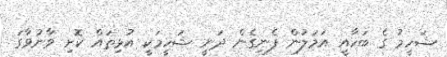
ޝަހީމު ގެ ބަހާއީ އަމަލުން ފެނިގެން ދަނީ ޝަހީމަކީ އުޅިތައް ކޮށި ވާނުވާގަ